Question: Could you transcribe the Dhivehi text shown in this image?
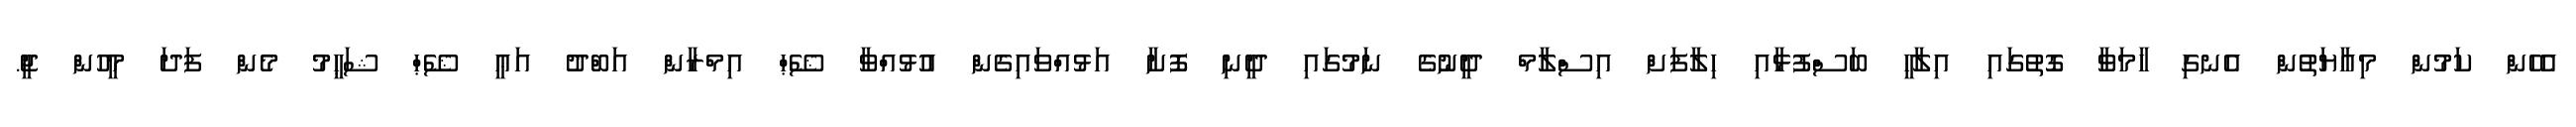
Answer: އެހެން ކަމުން މިއާޔަތުން އެނގި ހާމަވާ ގޮތުގައި އިލާހީ ބަސްފުޅާއި ހިލާފަށް އިސްލާމް ދީނުގެ ނަމުގައި ދީނި ފޮށާ އަޅުއްވައިގެން އުޅުއްވާ ޝޭޙް އިމްރާން އަބްދު އަޢީ ޝޭޙް ޝަޙީމު މެން ފަދަ މީހުން ޖީ.